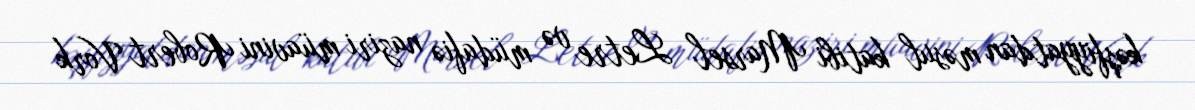
kəşfiyyatdan məsul katibi Marsel Letre və müdafiə naziri müavini Robert Vork